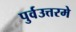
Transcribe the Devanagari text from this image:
पुर्वउत्तरमे